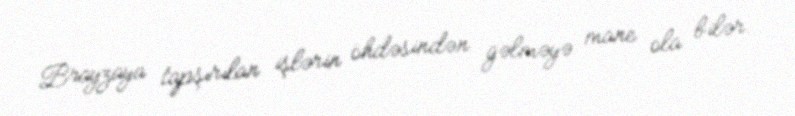
Brayzaya tapşırılan işlərin öhdəsindən gəlməyə mane ola bilər.